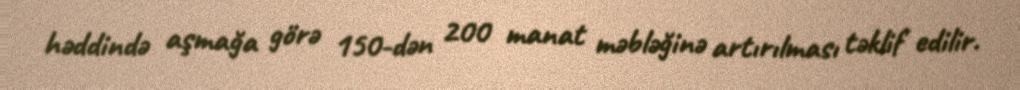
həddində aşmağa görə 150-dən 200 manat məbləğinə artırılması təklif edilir.